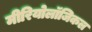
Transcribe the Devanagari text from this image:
मीरियोलॉजिकल